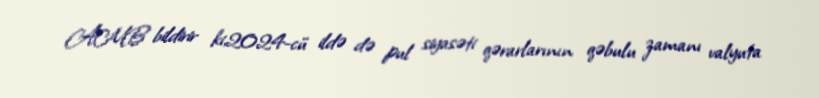
AMB bildirir ki,2024-cü ildə də pul siyasəti qərarlarının qəbulu zamanı valyuta